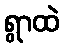
ရွာထဲ